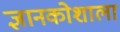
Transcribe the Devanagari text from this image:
ज्ञानकोशाला